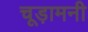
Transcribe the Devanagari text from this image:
चूड़ामनी